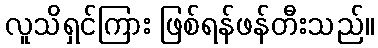
လူသိရှင်ကြား ဖြစ်ရန်ဖန်တီးသည်။